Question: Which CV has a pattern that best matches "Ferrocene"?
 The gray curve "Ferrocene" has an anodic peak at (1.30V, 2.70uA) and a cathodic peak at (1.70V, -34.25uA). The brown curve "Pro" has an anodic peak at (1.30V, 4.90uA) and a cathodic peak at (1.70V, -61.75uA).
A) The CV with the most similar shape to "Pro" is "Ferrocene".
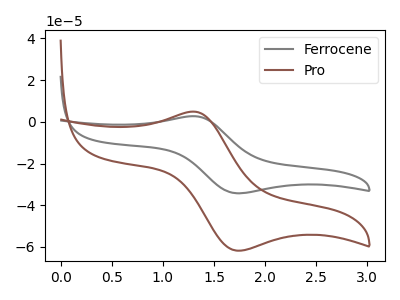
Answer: <think>All the peaks in "Ferrocene" have a peak in "Pro" at the same potential. Every peak in "Ferrocene" is lower than every peak in "Pro".
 </think>
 <answer>A) The CV with the most similar shape to "Pro" is "Ferrocene".</answer>
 <eval>A</eval>